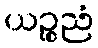
ယဉ္စညံ